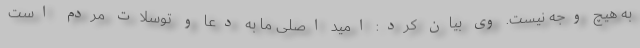
به هیچ وجه نیست. وی بیان کرد: امید اصلی ما به دعا و توسلات مردم است